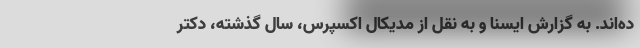
ده‌اند. به گزارش ایسنا و به نقل از مدیکال اکسپرس، سال گذشته، دکتر